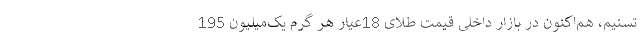
تسنیم، هم‌اکنون در بازار داخلی قیمت طلای 18عیار هر گرم یک‌میلیون 195